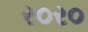
ર૦ર૦